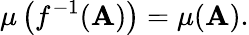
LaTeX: \mu\left(f^{-1}(\mathbf{A})\right)=\mu(\mathbf{A}).